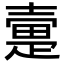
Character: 㚄